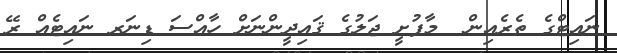
ނައިޓްގެ ތެރެއިން  މާފުށީ ޖަލުގެ ޤައިދީންނަށް ހާއްސަ ޑިނަރ ނައިޓެއް ރޭ